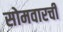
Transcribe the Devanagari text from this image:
सोमवारची